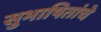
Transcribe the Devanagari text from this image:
सुभाषितांचे